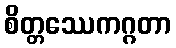
စိတ္တဿေကဂ္ဂတာ